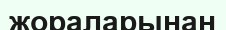
жораларынан